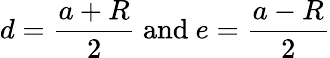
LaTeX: d={\frac{a+R}{2}}{\mathrm{~and~}}e={\frac{a-R}{2}}